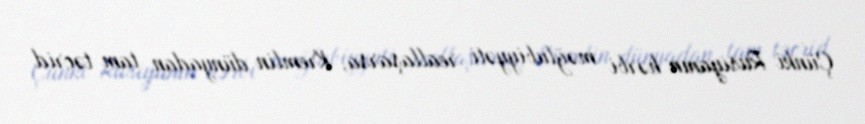
Çünki Rusiyanın hərbi məğlubiyyəti reallaşarsa, Kremlin dünyadan tam təcrid